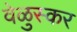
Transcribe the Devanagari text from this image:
वेळुस्कर